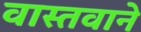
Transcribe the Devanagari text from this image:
वास्तवाने